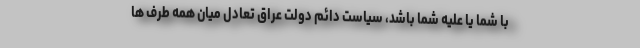
با شما یا علیه شما باشد، سیاست دائم دولت عراق تعادل میان همه طرف ها